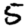
Digit: 5